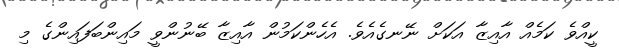
ކީއްވެ ކަމެއް އާއިޒާ އަކަށް ނޭނގެއެވެ. އެހެންކަމުން އާއިޒާ ބޭނުންވީ މައިންބަފައިންގެ މި